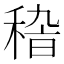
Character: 𥟵